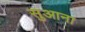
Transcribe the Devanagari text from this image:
सुआना